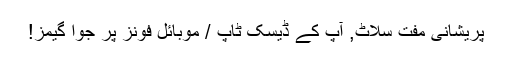
پریشانی مفت سلاٹ, آپ کے ڈیسک ٹاپ / موبائل فونز پر جوا گیمز!